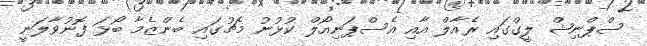
ސްޕްނިޝް ލީގްގައި ރެއާލް އާއި އެސްޕަނިއޯލް ކުޅުނު މެޗުގައި ބެންޒެމާ ބޯޅަ ފޮނުވާލަނީ